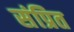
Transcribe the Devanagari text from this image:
संप्रित